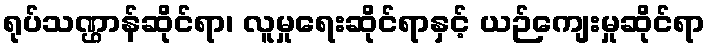
ရုပ်သဏ္ဌာန်ဆိုင်ရာ၊ လူမှုရေးဆိုင်ရာနှင့် ယဉ်ကျေးမှုဆိုင်ရာ